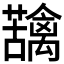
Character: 𮓄